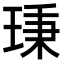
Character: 𤦋